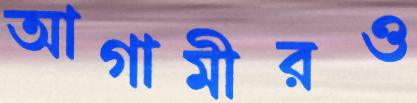
আগামীরও